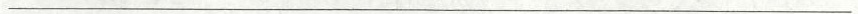
___